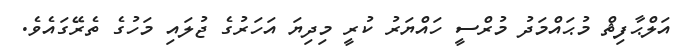
އަލްޙާފިޡް މުޙައްމަދު މުރްސީ ހައްޔަރު ކުރީ މިދިޔަ އަހަރުގެ ޖުލައި މަހުގެ ތެރޭގައެވެ.